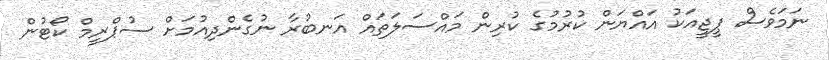
ނަމަވެސް ޕީޖީއަކު އައްޔަން ކުރުމުގެ ކުރިން މައްސަލަތައް އަނބުރާ ނުގެންދިއުމަށް ސުޕްރީމް ކޯޓުން